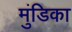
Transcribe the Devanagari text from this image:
मुंडिका